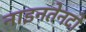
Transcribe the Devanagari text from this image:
नाइनतेनदो